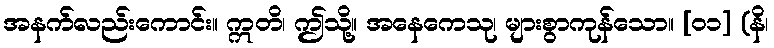
အနက်လည်းကောင်း။ ဣတိ၊ ဤသို့။ အနေကေသု၊ များစွာကုန်သော။ [၀၁] (နိ၊